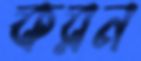
করন